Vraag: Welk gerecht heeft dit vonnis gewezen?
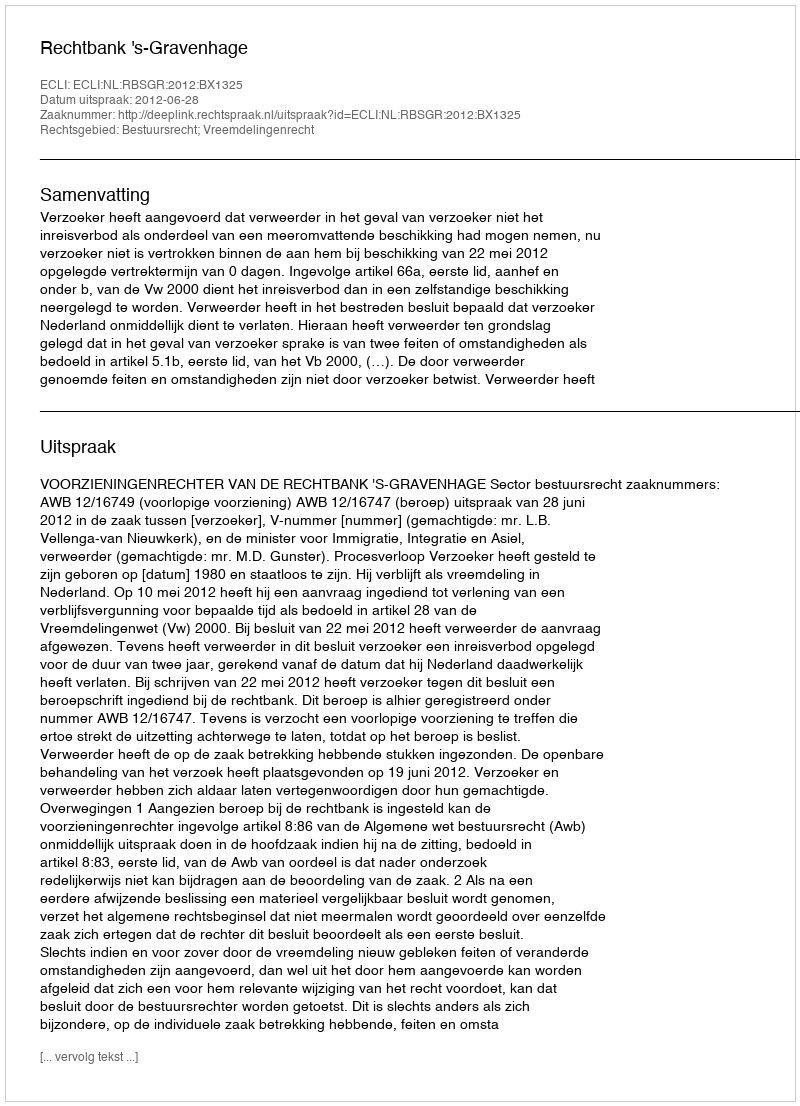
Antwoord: Rechtbank 's-Gravenhage